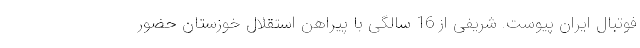
فوتبال ایران پیوست. شریفی از 16 سالگی با پیراهن استقلال خوزستان حضور